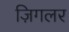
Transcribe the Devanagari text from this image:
ज़िगलर